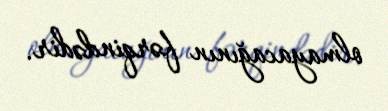
olmayacağının fərqindədir.